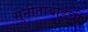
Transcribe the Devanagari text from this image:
सुनीताबाईंची